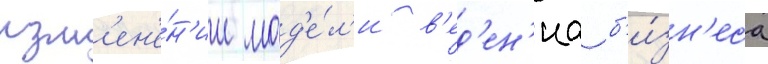
изм'ен'е́н'ии мод'е́л'и в'ед'ен'иа б'и́зн'еса